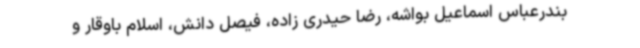
بندرعباس اسماعیل بواشه، رضا حیدری زاده، فیصل دانش، اسلام باوقار و